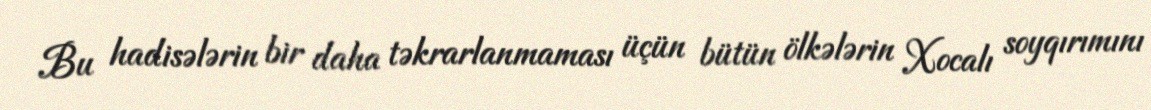
Bu hadisələrin bir daha təkrarlanmaması üçün bütün ölkələrin Xocalı soyqırımını